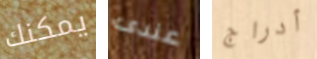
يمكنك عندى أدراج